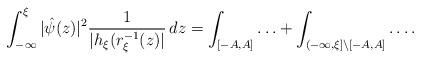
LaTeX: \begin{align*}\int_{-\infty}^{\xi} | \hat{\psi}(z) |^2 \frac{1}{| h_{\xi}(r_{\xi}^{-1}(z) |} \,dz = \int_{[-A, A]}\ldots + \int_{(-\infty, \xi] \setminus [-A, A]}\ldots.\end{align*}